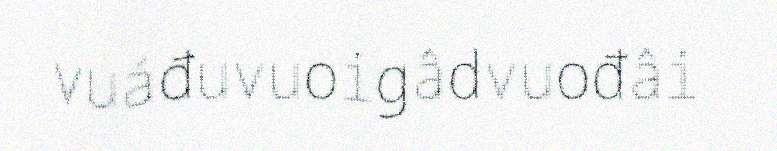
vuáđuvuoigâdvuođâi